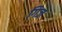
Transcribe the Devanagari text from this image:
गिज